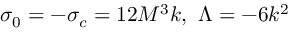
\sigma _ { 0 } = - \sigma _ { c } = 1 2 M ^ { 3 } k , ~ \Lambda = - 6 k ^ { 2 }